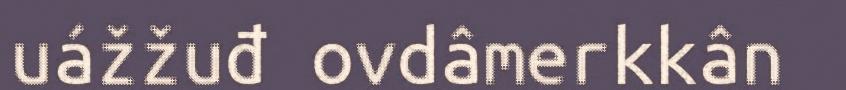
uážžuđ ovdâmerkkân